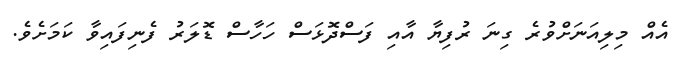
އެއް މިލިއަނަށްވުރެ ގިނަ ރުފިޔާ އާއި ފަސްދޮޅަސް ހަހާސް ޑޮލަރު ފެނިފައިވާ ކަމަށެވެ.